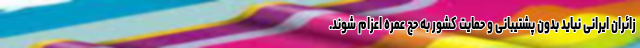
زائران ایرانی نباید بدون پشتیبانی و حمایت کشور به حج عمره اعزام شوند.